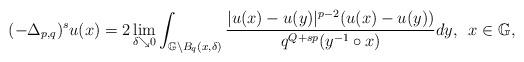
LaTeX: \begin{align*}(-\Delta_{p,q})^{s}u(x)=2\lim_{\delta\searrow 0}\int_{\mathbb{G} \setminus B_{q}(x,\delta)}\frac{|u(x)-u(y)|^{p-2}(u(x)-u(y))}{q^{Q+sp}(y^{-1}\circ x)}dy, \,\,\,x\in \mathbb{G},\end{align*}